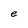
Character: e